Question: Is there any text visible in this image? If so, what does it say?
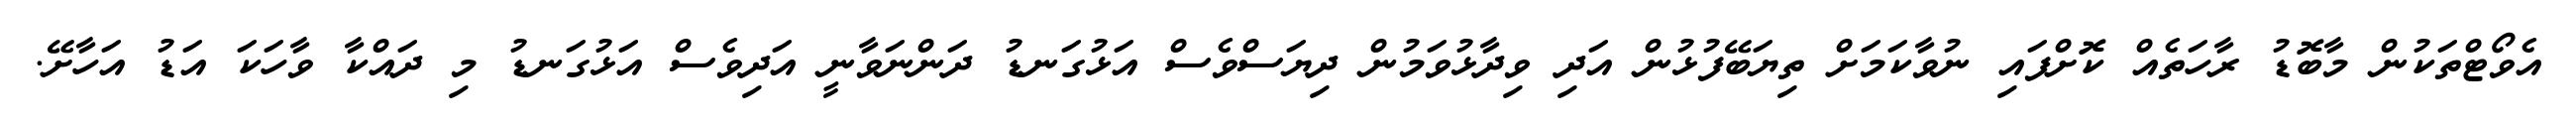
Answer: އެވޯޓްތަކުން މާބޮޑު ރާހަތެއް ކޮށްފައި ނުވާކަމަށް ތިޔަބޭފުޅުން އަދި ވިދާޅުވަމުން ދިޔަސްވެސް އަޅުގަނޑު ދަންނަވާނީ އަދިވެސް އަޅުގަނޑު މި ދައްކާ ވާހަކަ އަޑު އަހާށޭ.